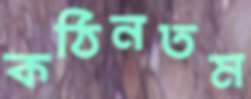
কঠিনতম